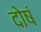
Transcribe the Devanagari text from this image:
दोषं